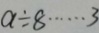
a \div 8 \cdots 3